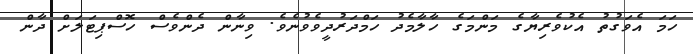
ހަމަ އެވަގުތު އެކުވެރިޔާގެ މަންމަގެ ހާލާމެދު ހަމްދަރުދީވެވުނެވެ. ވިނާން ދެންވެސް ހޮސްޕިޓަލަށް ދާން